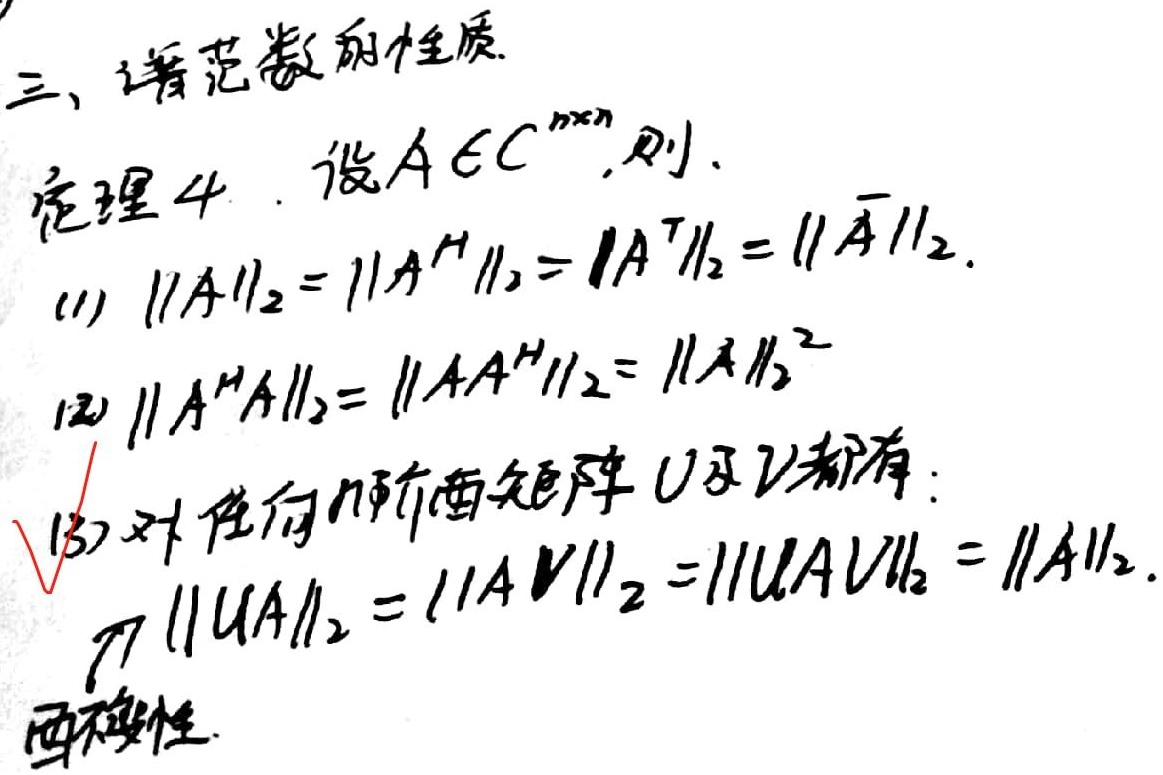
三、谱范数的性质
定理4. 设$A\in\mathbb{C}^{n\times n}$，则
(1) $\|A\|_{2}=\|A^{H}\|_{2}=\|A^{\top}\|_{2}=\|\overline{A}\|_{2}$
(2) $\|A^{H}A\|_{2}=\|AA^{H}\|_{2}=\|A\|_{2}^{2}$
(3) 对任何酉矩阵$U$及$V$都有：$\|UA\|_{2}=\|AV\|_{2}=\|UAV\|_{2}=\|A\|_{2}$.（酉不变性）